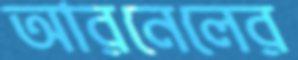
আরনেলের